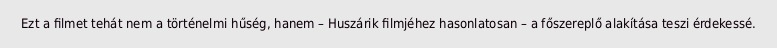
Ezt a filmet tehát nem a történelmi hűség, hanem – Huszárik filmjéhez hasonlatosan – a főszereplő alakítása teszi érdekessé.